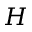
H